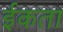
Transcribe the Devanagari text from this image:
ईकता